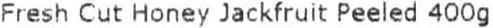
FRESH CUT HONEY JACKFRUIT PEELED 400G